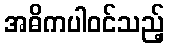
အဓိကပါဝင်သည့်